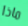
ماذا